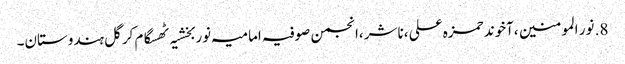
8.	نور المومنین ،آخوند حمزہ علی ،ناشر ،انجمن صوفیہ امامیہ نوربخشیہ ٹھسگام کرگل ہندوستان۔